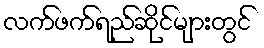
လက်ဖက်ရည်ဆိုင်များတွင်